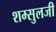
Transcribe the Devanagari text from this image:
शम्सुलजी